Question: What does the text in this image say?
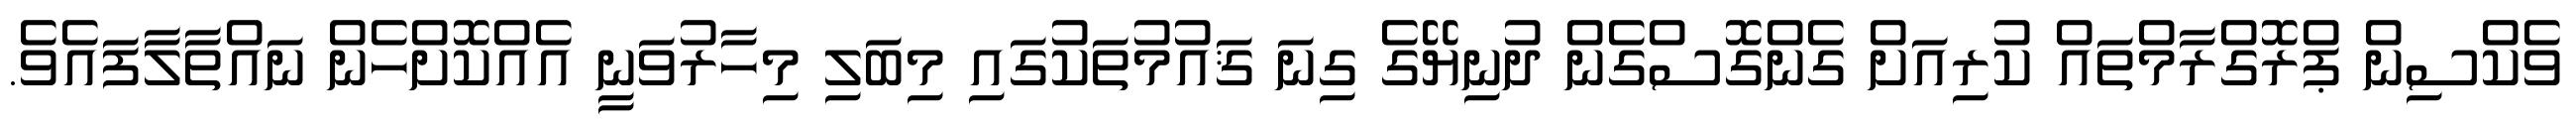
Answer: ވެކްސިން ޕްރޮގްރާމްތައް ކުރިއަށް ގެންގޮސްގެން ދުނިޔޭގެ ގިނަ ޤައުމުތަކުގައި މިބަލި މިހާރުވަނީ އެއްކޮށްހެން ނައްތާލާފައެވެ.